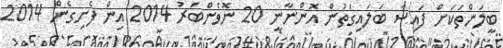
ބީލަންތަކަށް ފައިސާ ބަލައިގަތުން އޮންނާނީ 20 ނޮވެންބަރު 2014 އިން ފެށިގެން 2014